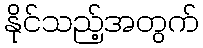
နိုင်သည့်အတွက်